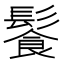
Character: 𩮍